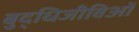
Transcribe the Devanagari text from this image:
बुद्धिजीविओं